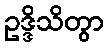
ဥဒ္ဒိသိတွာ